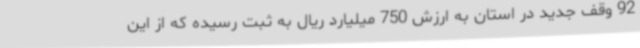
92 وقف جدید در استان به ارزش 750 میلیارد ریال به ثبت رسیده که از این